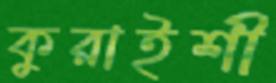
কুরাইশী